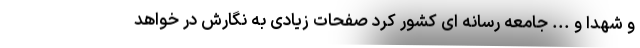
و شهدا و ... جامعه رسانه ای کشور کرد صفحات زیادی به نگارش در خواهد